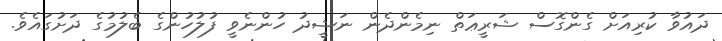
ދައުވާ ކުރިއަށް ގެންގޮސް ޝަރީޢަތް ނިމެންދެން ނަޝީދު ހުންނެވީ ފުލުހުންގެ ބެލުމުގެ ދަށުގައެވެ.